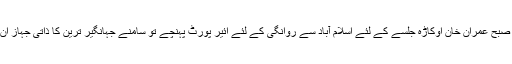
مگر اتوار کی صبح عمران خان اوکاڑہ جلسے کے لئے اسلام آباد سے روانگی کے لئے ائیر پورٹ پہنچے تو سامنے جہانگیر ترین کا ذاتی جہاز ان کا منتظر تھا۔